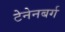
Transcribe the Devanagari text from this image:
टेनेनबर्ग